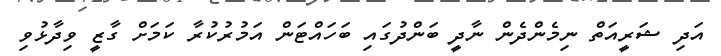
އަދި ޝަރީއަތް ނިމެންދެން ނާދީ ބަންދުގައި ބަހައްޓަން އަމުރުކުރާ ކަމަށް ގާޒީ ވިދާޅުވި